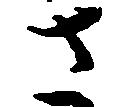
さ